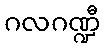
ဂလဂဏ္ဍီ